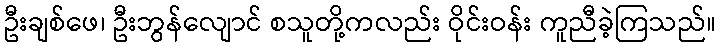
ဦးချစ်ဖေ၊ ဦးဘွန်လျောင် စသူတို့ကလည်း ဝိုင်းဝန်း ကူညီခဲ့ကြသည်။